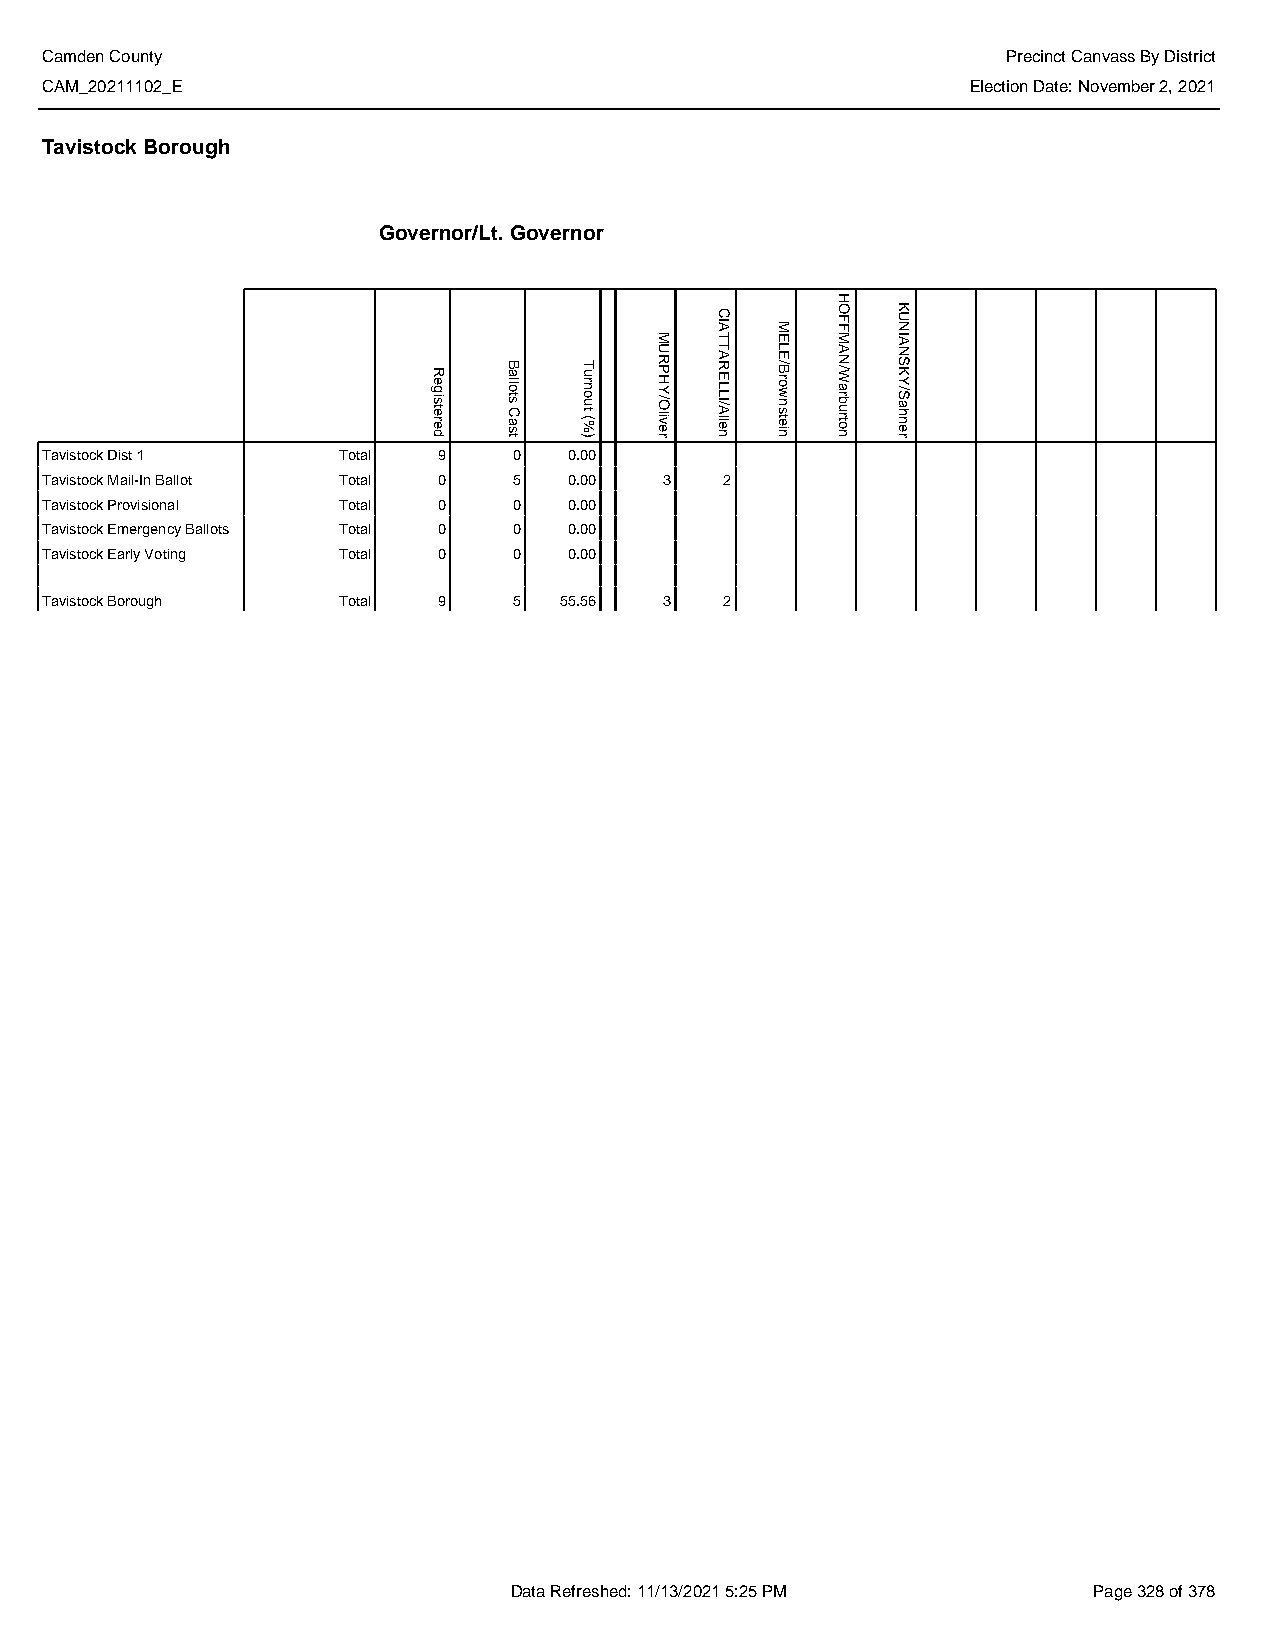
Camden County                                                   Precinct Canvass By District
 CAM_20211102_E                                               Election Date: November 2, 2021
 Tavistock Borough
 Governor/Lt. Governor
 Tavistock Dist 1   Total  9    0   0.00
 Tavistock Mail-In Ballot Total 0 5 0.00  3   2
 Tavistock Provisional Total 0  0   0.00
 Tavistock Emergency Ballots Total 0 0 0.00
 Tavistock Early Voting Total 0 0   0.00
 Tavistock Borough  Total  9    5  55.56  3   2
 Data Refreshed: 11/13/2021 5:25 PM    Page 328 of 378
 Registered
 Ballots
 Cast
 Turnout
 (%)
 MURPHY/Oliver
 CIATTARELLI/Allen
 MELE/Brownstein
 HOFFMAN/Warburton
 KUNIANSKY/Sahner